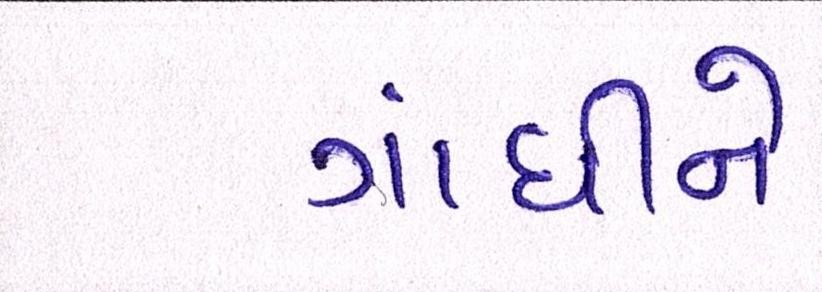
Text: ગાંધીને